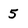
Character: 5